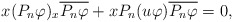
\begin{align*} x(P_n\varphi)_x\overline{P_n\varphi} + xP_n(u\varphi)\overline{P_n\varphi}=0,\end{align*}